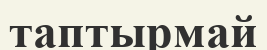
таптырмай